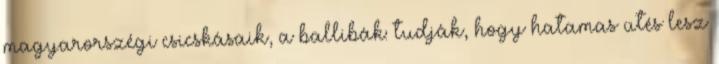
magyarorszégi csicskásaik, a ballibák: tudják, hogy hatamas ütés lesz